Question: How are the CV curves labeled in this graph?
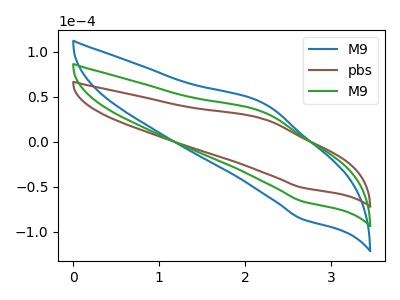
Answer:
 <answer>The blue curve is labeled "M9". The brown curve is labeled "pbs". The green curve is labeled "M9".</answer>
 <eval></eval>